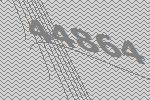
44864